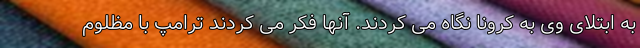
به ابتلای وی به کرونا نگاه می کردند. آنها فکر می کردند ترامپ با مظلوم